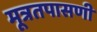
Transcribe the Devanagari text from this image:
मूत्रतपासणी